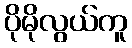
ပိုမိုလွယ်ကူ